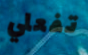
تفعلي